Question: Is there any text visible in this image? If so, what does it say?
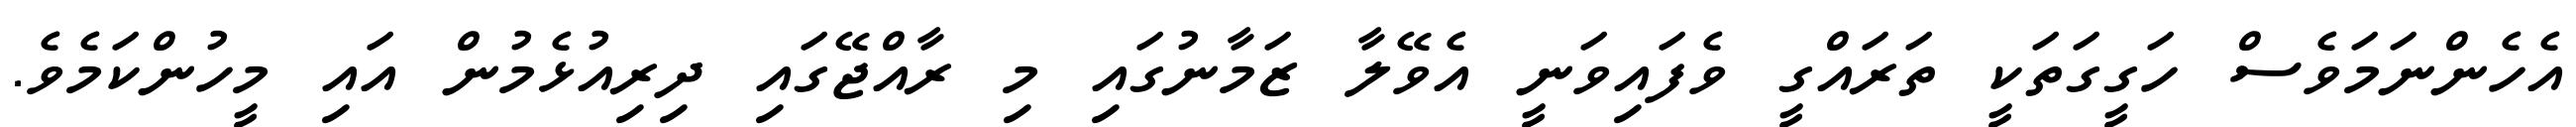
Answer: އެހެންނަމަވެސް ހަގީގަތަކީ ތަރައްގީ ވެފައިވަނީ އެވޭލާ ޒަމާނުގައި މި ރާއްޖޭގައި ދިރިއުޅެމުން އައި މީހުންކަމެވެ.